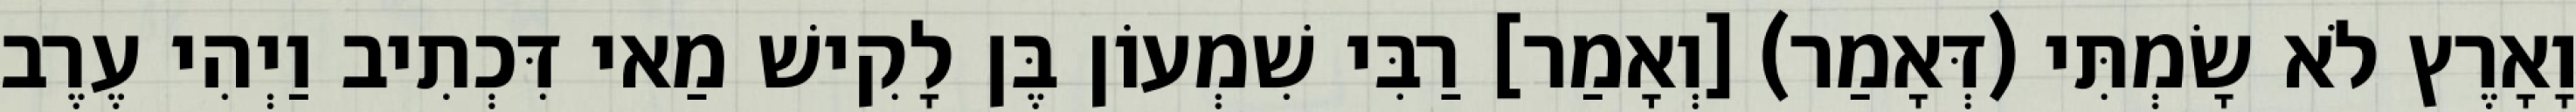
וָאָרֶץ לֹא שָׂמְתִּי (דְּאָמַר) [וְאָמַר] רַבִּי שִׁמְעוֹן בֶּן לָקִישׁ מַאי דִּכְתִיב וַיְהִי עֶרֶב